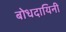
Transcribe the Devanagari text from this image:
बोधदायिनी